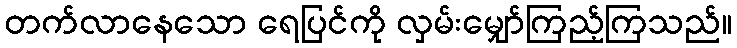
တက်လာနေသော ရေပြင်ကို လှမ်းမျှော်ကြည့်ကြသည်။